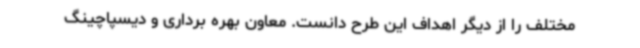
مختلف را از دیگر اهداف این طرح دانست. معاون بهره برداری و دیسپاچینگ